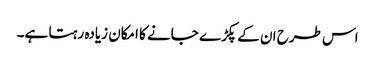
اس طرح ان کے پکڑے جانے کا امکان زیادہ رہتا ہے۔